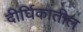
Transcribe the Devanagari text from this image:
दीर्घिकातील